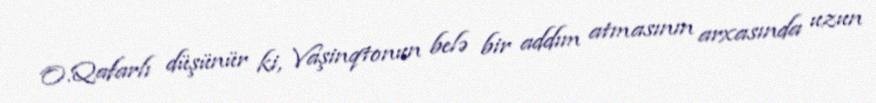
O.Qafarlı düşünür ki, Vaşinqtonun belə bir addım atmasının arxasında uzun